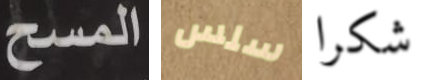
المسح سلس شكرا